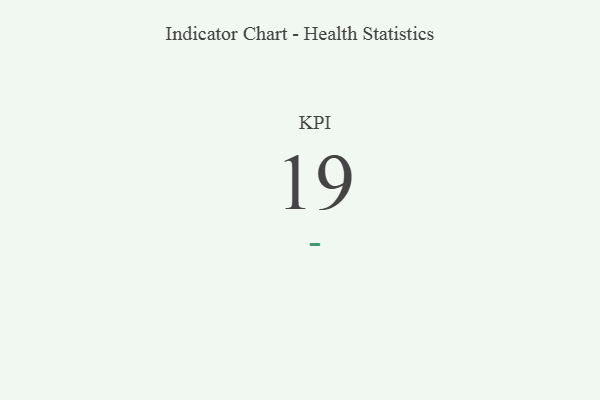
{"axis": {"x": "KPI", "y": "Value"}, "legend": [""], "data": [{"x": "KPI", "y": 19, "type": ""}]}